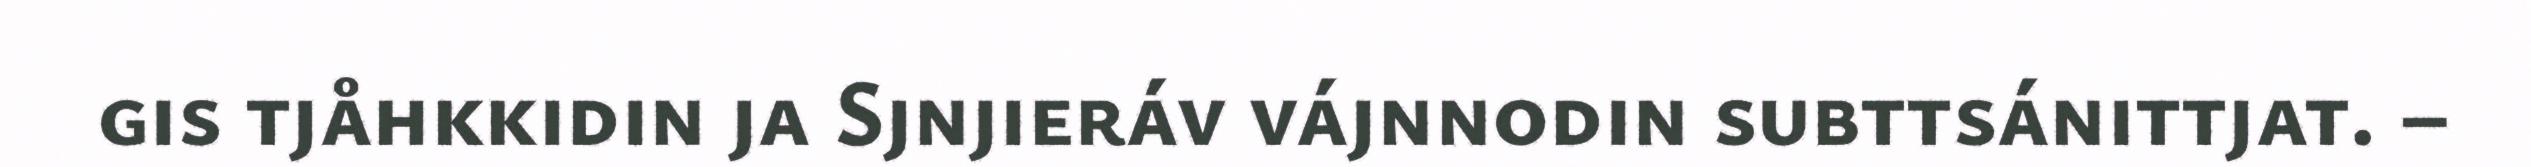
gis tjåhkkidin ja Sjnjieráv vájnnodin subttsánittjat. –